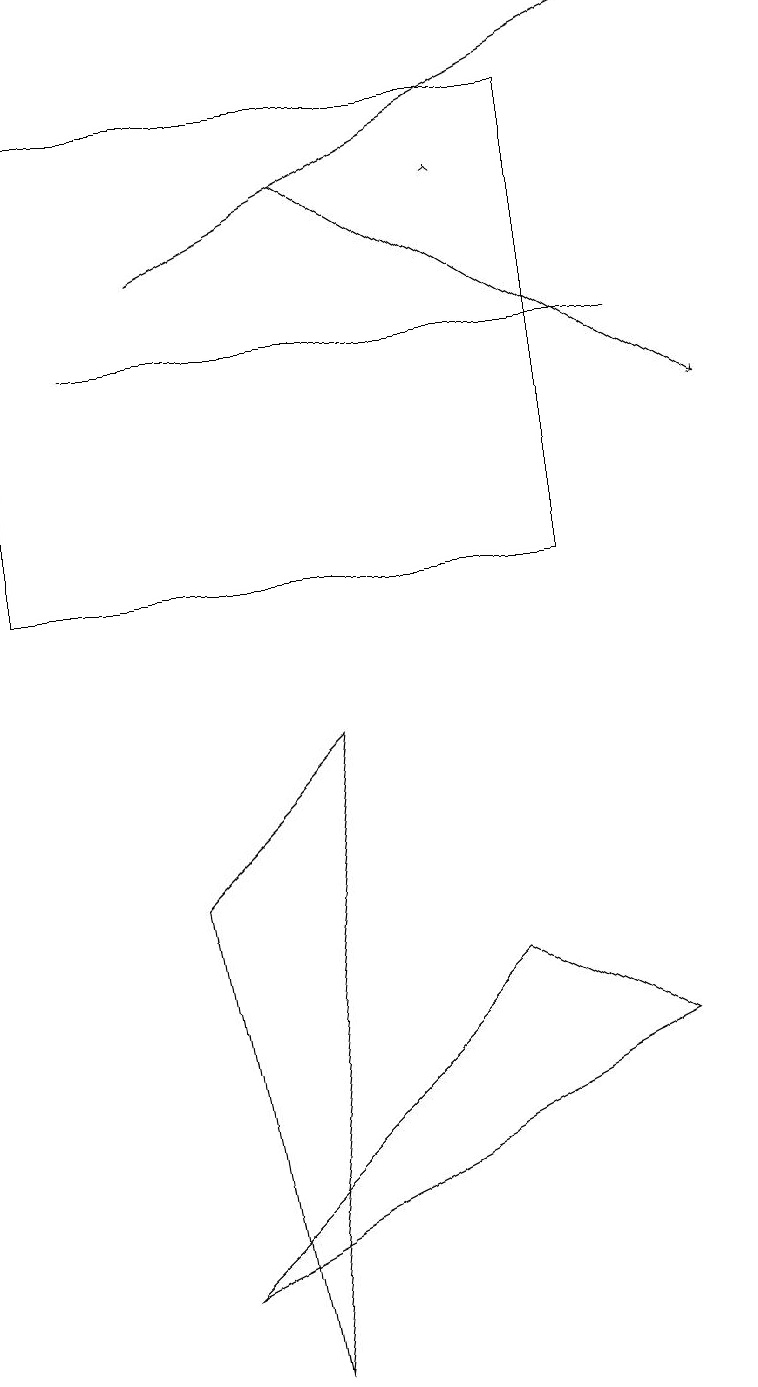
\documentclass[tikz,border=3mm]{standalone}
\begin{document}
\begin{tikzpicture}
\draw[->] (4,15) -- (9,12);
\draw (0,10) rectangle (7,16);
\draw (2,1) -- (8,4) -- (6,5) -- cycle;
\draw[->] (2,14) -- (8,17);
\draw (1,13) rectangle (8,13);
\draw[->] (6,15) -- (6,15);
\draw (2,6) -- (4,8) -- (3,0) -- cycle;
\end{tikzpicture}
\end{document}